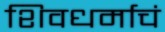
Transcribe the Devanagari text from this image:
शिवधर्माचं